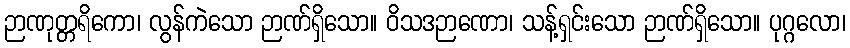
ဉာဏုတ္တရိကော၊ လွန်ကဲသော ဉာဏ်ရှိသော။ ဝိသဒဉာဏော၊ သန့်ရှင်းသော ဉာဏ်ရှိသော။ ပုဂ္ဂလော၊